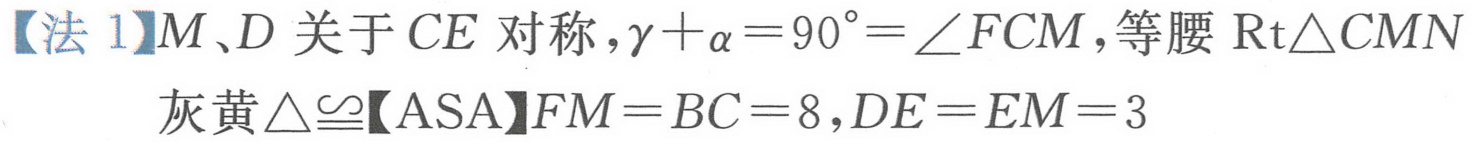
【法1】\(M\)、\(D\)关于\(CE\)对称，\(\gamma+\alpha = 90^{\circ}=\angle FCM\)，等腰\(\text{Rt}\triangle CMN\) 灰黄\(\triangle\cong\)【ASA】\(FM = BC = 8\)，\(DE = EM = 3\)